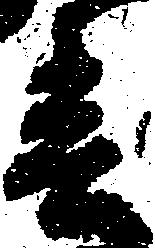
春